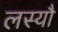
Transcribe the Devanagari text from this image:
लस्यौ